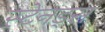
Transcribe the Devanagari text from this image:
स्टेनड्स